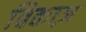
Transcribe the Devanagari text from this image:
बिकाज़